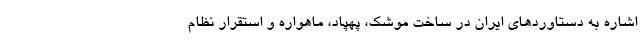
اشاره به دستاوردهای ایران در ساخت موشک، پهپاد، ماهواره و استقرار نظام